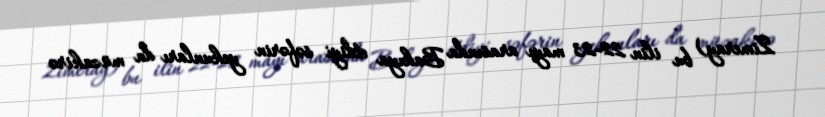
Zimeray) bu ilin 22-23 mayı arasında Bakıya etdiyi səfərin yekunları da müzakirə